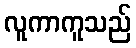
လူကာကူသည်